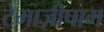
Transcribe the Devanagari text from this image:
टेमाज़ीपाम